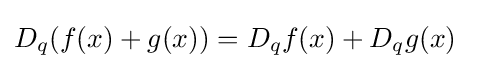
\displaystyle D_{q}(f(x)+g(x))=D_{q}f(x)+D_{q}g(x)~